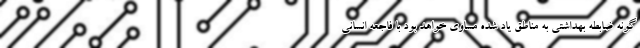
گونه ضابطه بهداشتی به مناطق یاد شده مساوی خواهد بود با فاجعه انسانی